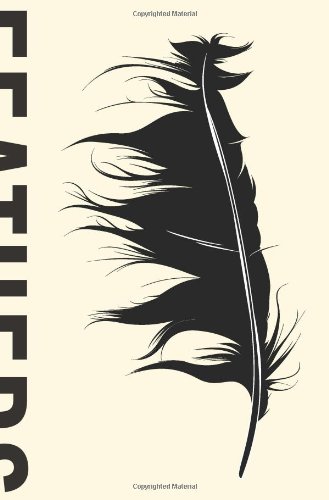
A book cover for Feathers: The Evolution of a Natural Miracle; Thor Hanson; Science & Math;